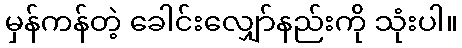
မှန်ကန်တဲ့ ခေါင်းလျှော်နည်းကို သုံးပါ။